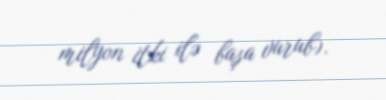
milyon itki ilə başa vurub).